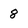
Character: 8